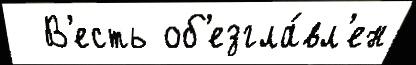
  В'есть об'езгла́вл'ен